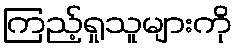
ကြည့်ရှုသူများကို